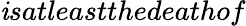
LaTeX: \mathit{i}s\textit{{atleast}}thedeathof